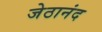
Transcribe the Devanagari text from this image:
जेठानंद